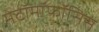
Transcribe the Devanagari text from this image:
मेटॉमॉफॉसिस